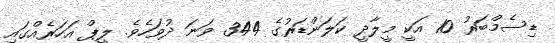
ޑިސެމްބަރު 10 އަކީ މީލާދީ ކަލަންޑަރުގެ 344 ވަނަ ދުވަހެވެ. ލީޕް އަހަރެއްގައި